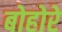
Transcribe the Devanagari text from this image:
बोहोरे